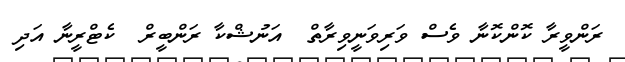
ރަންވީރާ ކޮންކޮނާ ވެސް ވަރިވަނީވިރާތް  އަނުޝްކާ ރަންބީރް  ކެޓްރީނާ އަދި